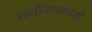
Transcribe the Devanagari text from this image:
ह्यणीयान्महतो